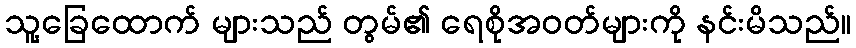
သူ့ခြေထောက် များသည် တွမ်၏ ရေစိုအဝတ်များကို နင်းမိသည်။